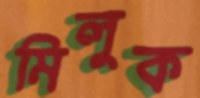
মিলুক